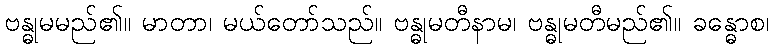
ဗန္ဓုမမည်၏။ မာတာ၊ မယ်တော်သည်။ ဗန္ဓုမတီနာမ၊ ဗန္ဓုမတီမည်၏။ ခန္ဓောစ၊